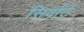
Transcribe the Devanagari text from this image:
सिर्वार्ट